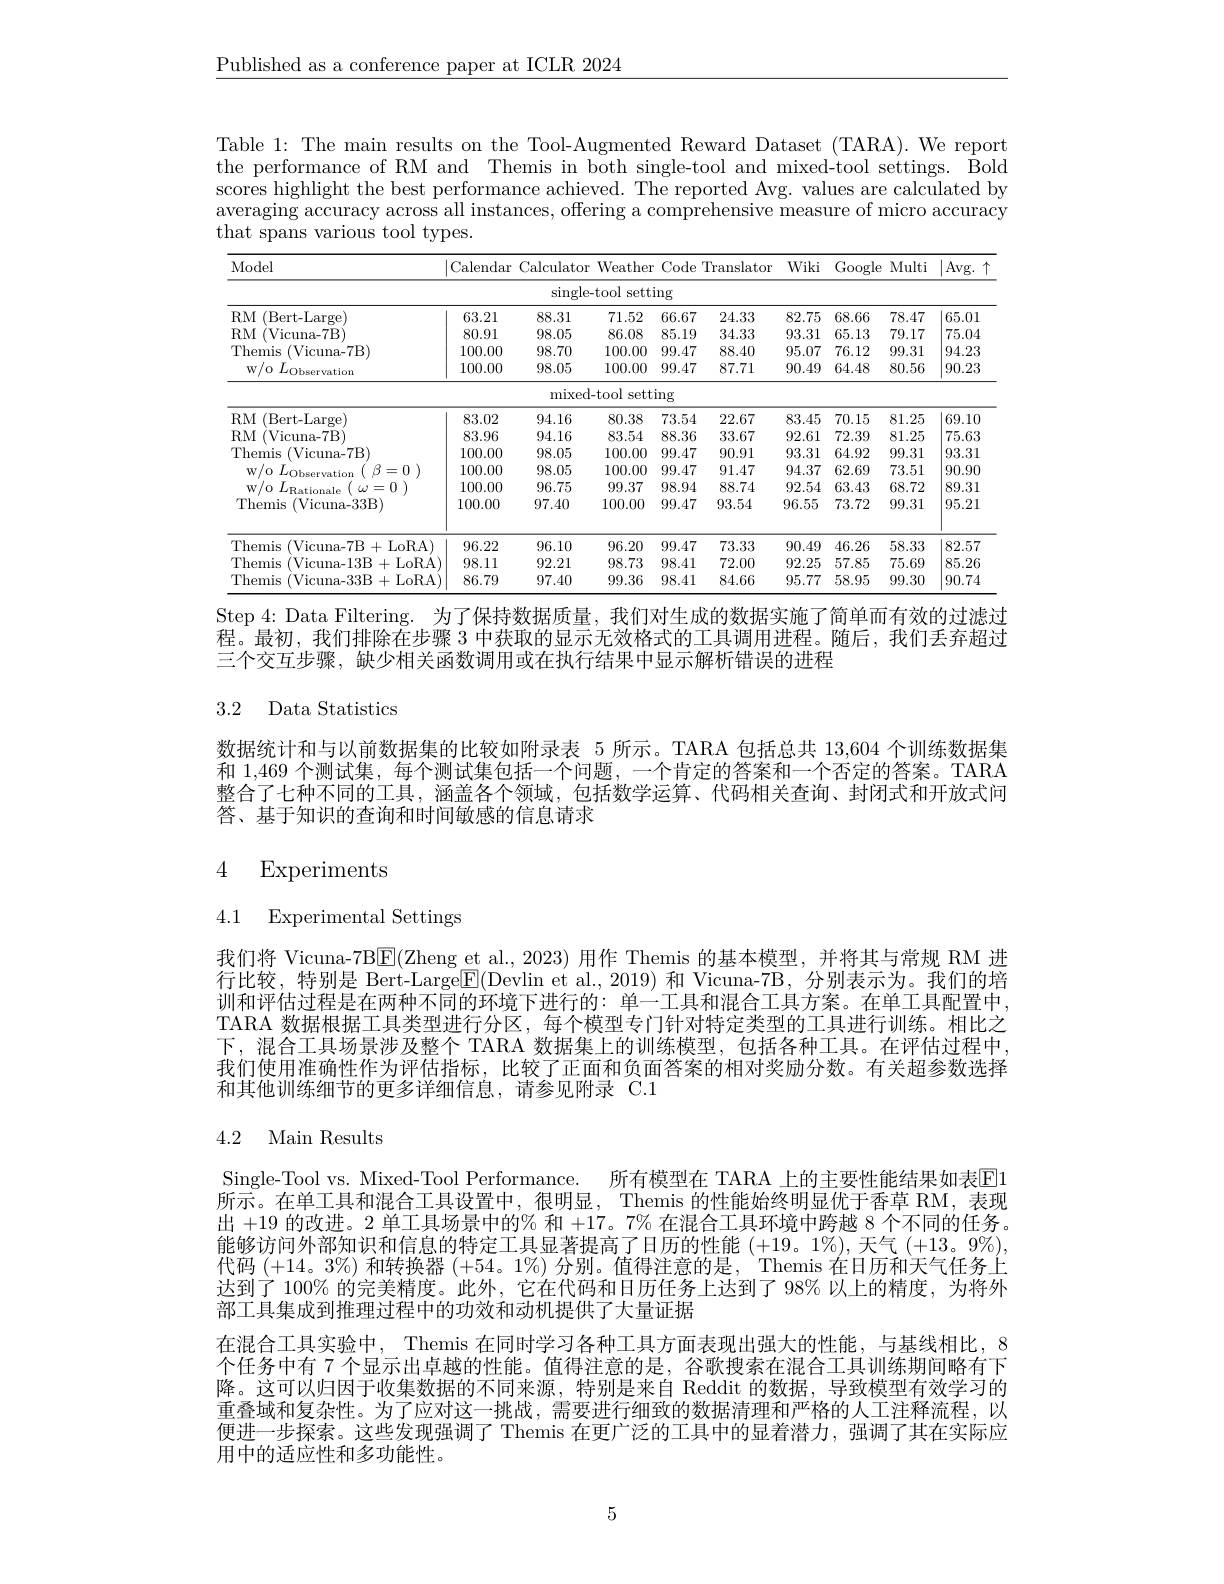
$\underline{\text{Published as a conference paper at ICLR 2024}}$

Table 1: The main results on the Tool-Augmented Reward Dataset (TARA). We report the performance of RM and Themis in both single-tool and mixed-tool settings. Bold scores highlight the best performance achieved. The reported Avg. values are calculated by averaging accuracy across all instances, offering a comprehensive measure of micro accuracy that spans various tool types.

<table>
	<tbody>
		<tr>
			<th> </th>
			<th colspan="5">single-tool setting</th>
			<th> </th>
			<th> </th>
			<th> </th>
			<th> </th>
		</tr>
		<tr>
			<th>$RM$ (Bert-Large)</th>
			<th>63.21</th>
			<th>88.31</th>
			<th>71.52</th>
			<th>66.67</th>
			<th>24.33</th>
			<th>82.75</th>
			<th>68.66</th>
			<th>78.47</th>
			<th>65.01</th>
		</tr>
		<tr>
			<td>$RM$ (Vicuna-7B</td>
			<td>80.91</td>
			<td>98.05</td>
			<td>86.08</td>
			<td>85.19</td>
			<td>34.33</td>
			<td>93.31</td>
			<td>65.13</td>
			<td>79.17</td>
			<td>75.04</td>
		</tr>
		<tr>
			<td>Themis (Vicuna- 7B)</td>
			<td>100.00</td>
			<td>98.70</td>
			<td>100.00</td>
			<td>99.47</td>
			<td>88.40</td>
			<td>95.07</td>
			<td>76.12</td>
			<td>99.31</td>
			<td>94.23</td>
		</tr>
		<tr>
			<td>$\mathbf{w/o}$ ) $L_{\mathrm{Observation}}$</td>
			<td>100.00</td>
			<td>98.05</td>
			<td>100.00</td>
			<td>99.47</td>
			<td>87.71</td>
			<td>90.49</td>
			<td>64.48</td>
			<td>80.56</td>
			<td>90.23</td>
		</tr>
		<tr>
			<td> </td>
			<td> </td>
			<td>mixec</td>
			<td>l-tool sett</td>
			<td>ing</td>
			<td> </td>
			<td> </td>
			<td> </td>
			<td> </td>
			<td> </td>
		</tr>
		<tr>
			<td>$RM$ (Bert-Large)</td>
			<td>83.02</td>
			<td>94.16</td>
			<td>80.38</td>
			<td>73.54</td>
			<td>22.67</td>
			<td>83.45</td>
			<td>70.15</td>
			<td>81.25</td>
			<td>69.10</td>
		</tr>
		<tr>
			<td>$RM$ (Vicuna-7B</td>
			<td>83.96</td>
			<td>94.16</td>
			<td>83.54</td>
			<td>88.36</td>
			<td>33.67</td>
			<td>92.61</td>
			<td>72.39</td>
			<td>81.25</td>
			<td>75.63</td>
		</tr>
		<tr>
			<td>Themis (Vicuna- 7B)</td>
			<td>100.00</td>
			<td>98.05</td>
			<td>100.00</td>
			<td>99.47</td>
			<td>90.91</td>
			<td>93.31</td>
			<td>64.92</td>
			<td>99.31</td>
			<td>93.31</td>
		</tr>
		<tr>
			<td>$W/0$ ) $L_{\mathrm{Observation}}$ 3=0 ) $\textcircled{3}$</td>
			<td>100.00</td>
			<td>98.05</td>
			<td>100.00</td>
			<td>99.47</td>
			<td>91.47</td>
			<td>94.37</td>
			<td>62.69</td>
			<td>73.51</td>
			<td>90.90</td>
		</tr>
		<tr>
			<td>$\mathbf{w} / 0$ $L_{\mathrm{Ra}}$ $(x)=0$ 1</td>
			<td>100.00</td>
			<td>96.75</td>
			<td>99.37</td>
			<td>98.94</td>
			<td>88.74</td>
			<td>92.54</td>
			<td>63.43</td>
			<td>68.72</td>
			<td>89.31</td>
		</tr>
		<tr>
			<td>Themis (Vicuna-33B) </td>
			<td>100.00</td>
			<td>97.40</td>
			<td>100.00</td>
			<td>99.47</td>
			<td>93.54</td>
			<td>96.55</td>
			<td>73.72</td>
			<td>99.31</td>
			<td>95.21</td>
		</tr>
		<tr>
			<td>Themis (Vicuna-7B+LoRA)</td>
			<td>96.22</td>
			<td>96.10</td>
			<td>96.20</td>
			<td>99.47</td>
			<td>73.33</td>
			<td>90.49</td>
			<td>46.26</td>
			<td>58.33</td>
			<td>82.57</td>
		</tr>
		<tr>
			<td>Themis (Vicuna-13B 3+LoRA)</td>
			<td>98.11</td>
			<td>92.21</td>
			<td>98.73</td>
			<td>98.41</td>
			<td>72.00</td>
			<td>92.25</td>
			<td>57.85</td>
			<td>75.69</td>
			<td>85.26</td>
		</tr>
		<tr>
			<td>Themis (Vicuna-33B 3+LoRA)</td>
			<td>86.79</td>
			<td>97.40</td>
			<td>99.36</td>
			<td>98.41</td>
			<td>84.66</td>
			<td>95.77</td>
			<td>58.95</td>
			<td>99.30</td>
			<td>90.74</td>
		</tr>
	</tbody>
</table>

Step 4: Data Filtering. 为了保持数据质量，我们对生成的数据实施了简单而有效的过滤过程。最初，我们排除在步骤 3 中获取的显示无效格式的工具调用进程。随后，我们丢弃超过三个交互步骤，缺少相关函数调用或在执行结果中显示解析错误的进程

## 3.2 Data Statistics

数据统计和与以前数据集的比较如附录表 5 所示。TARA 包括总共 13,604 个训练数据集和 1,469 个测试集，每个测试集包括一个问题，一个肯定的答案和一个否定的答案。TARA 整合了七种不同的工具，涵盖各个领域，包括数学运算、代码相关查询、封闭式和开放式问答、基于知识的查询和时间敏感的信息请求

## 4 Experiments

# 4.1 Experimental Settings

我们将 Vicuna-7B$\boxed{\mathrm{E}}($Zheng et al., 2023) 用作 Themis 的基本模型，并将其与常规 RM 进行比较，特别是 Bert-Large$\boxed{\mathrm{F}}($Devlin et al.,2019) 和 Vicuna-7B, 分别表示为。我们的培训和评估过程是在两种不同的环境下进行的：单一工具和混合工具方案。在单工具配置中， TARA 数据根据工具类型进行分区，每个模型专门针对特定类型的工具进行训练。相比之下，混合工具场景涉及整个 TARA 数据集上的训练模型，包括各种工具。在评估过程中， 我们使用准确性作为评估指标，比较了正面和负面答案的相对奖励分数。有关超参数选择和其他训练细节的更多详细信息，请参见附录 C.1

## 4.2 Main Results

Single-Tool vs. Mixed-Tool Performance. 所有模型在 TARA 上的主要性能结果如表$\overline{\mathrm{E}}1$ 所示。在单工具和混合工具设置中，很明显，Themis 的性能始终明显优于香草 RM,表现出+19的改进。2 单工具场景中的% 和+17。7% 在混合工具环境中跨越 8 个不同的任务。能够访问外部知识和信息的特定工具显著提高了日历的性能(+19。1%),天气(+13。9%). 代码(+14。3%) 和转换器(+54。1%) 分别。值得注意的是，Themis 在日历和天气任务上达到了 100% 的完美精度。此外，它在代码和日历任务上达到了 98% 以上的精度，为将外部工具集成到推理过程中的功效和动机提供了大量证据
在混合工具实验中，Themis 在同时学习各种工具方面表现出强大的性能，与基线相比，8个任务中有 7 个显示出卓越的性能。值得注意的是，谷歌搜索在混合工具训练期间略有下降。这可以归因于收集数据的不同来源，特别是来自 Reddit 的数据，导致模型有效学习的重叠域和复杂性。为了应对这一挑战，需要进行细致的数据清理和严格的人工注释流程，以便进一步探索。这些发现强调了 Themis 在更广泛的工具中的显着潜力，强调了其在实际应用中的适应性和多功能性。

5